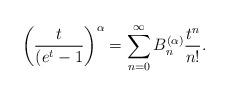
LaTeX: \begin{align*}\left( \frac{t}{(e^t-1} \right)^{\alpha}=\sum_{n=0}^\infty B_n^{(\alpha) } \frac{ t^n}{n!}.\end{align*}